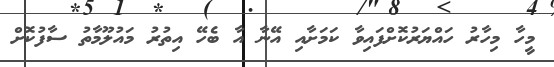
މީހާ މިހާރު ހައްޔަރުކޮށްފައިވާ ކަމަށާއި އޭނާ އާ ބެހޭ އިތުރު މައުލޫމާތު ސާފުކޮށް